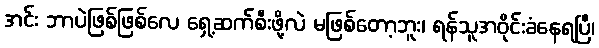
အင်း ဘာပဲဖြစ်ဖြစ်လေ ရှေ့ဆက်စီးဖို့လဲ မဖြစ်တော့ဘူး၊ ရန်သူအဝိုင်းခံနေရပြီ၊